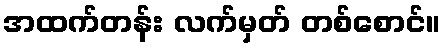
အထက်တန်း လက်မှတ် တစ်စောင်။